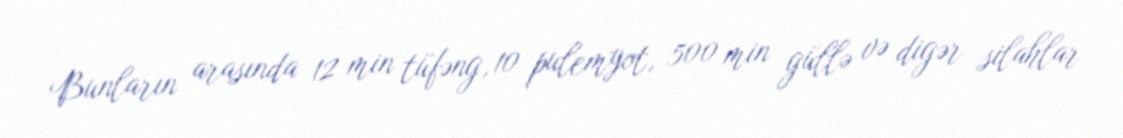
Bunların arasında 12 min tüfəng, 10 pulemyot, 500 min güllə və digər silahlar